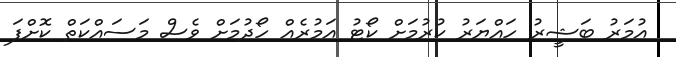
އުމަރު ބަޝީރު ހައްޔަރު ކުރުމަށް ކޯޓު އަމުރެއް ހޯދުމަށް ވެސް މަސައްކަތް ކޮށްފަ